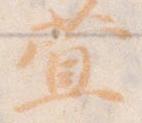
萱